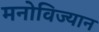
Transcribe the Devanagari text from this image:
मनोविज्यान